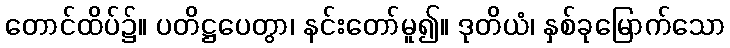
တောင်ထိပ်၌။ ပတိဋ္ဌပေတွာ၊ နင်းတော်မူ၍။ ဒုတိယံ၊ နှစ်ခုမြောက်သော